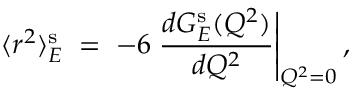
\langle r ^ { 2 } \rangle _ { E } ^ { \mathrm { s } } \; = \; - 6 \left. \frac { d G _ { E } ^ { \mathrm { s } } ( Q ^ { 2 } ) } { d Q ^ { 2 } } \right| _ { Q ^ { 2 } = 0 } ,